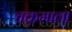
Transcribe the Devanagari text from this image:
चक्रमाला